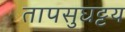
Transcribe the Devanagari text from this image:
तापसुघट्टय